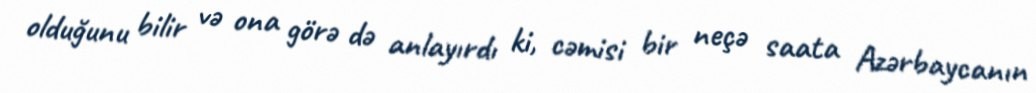
olduğunu bilir və ona görə də anlayırdı ki, cəmisi bir neçə saata Azərbaycanın